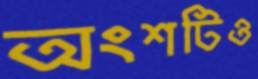
অংশটিও